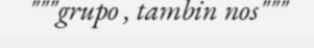
"""grupo , tambin nos"""